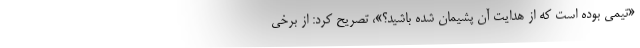
«تیمی بوده است که از هدایت آن پشیمان شده باشید؟»، تصریح کرد: از برخی